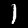
Label: 1